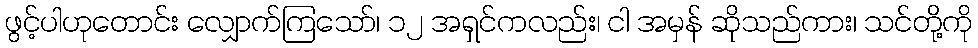
ဖွင့်ပါဟုတောင်း လျှောက်ကြသော်၊ ၁၂ အရှင်ကလည်း၊ ငါ အမှန် ဆိုသည်ကား၊ သင်တို့ကို